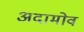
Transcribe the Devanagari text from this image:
अदामोव